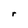
Character: r